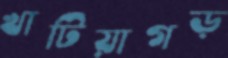
খাটিয়াগড়